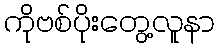
ကိုဗစ်ပိုးတွေ့လူနာ